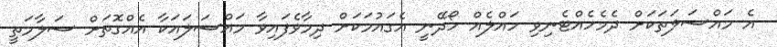
އެ މައްސަލަތަކަށް ދެމެހެއްޓެނިވި ހައްލެއް ހޯދޭނީ އެގައުމަކަށް ދިމާވެފައިވާ މައްސަލައަކާ އެއްގޮތަށް ސަލާމަތީ